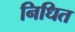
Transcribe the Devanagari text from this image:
निधित